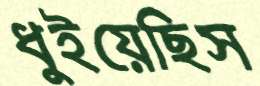
ধুইয়েছিস